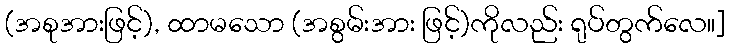
(အစုအားဖြင့်), ထာမသော (အစွမ်းအား ဖြင့်)ကိုလည်း ရုပ်တွက်လေ။]